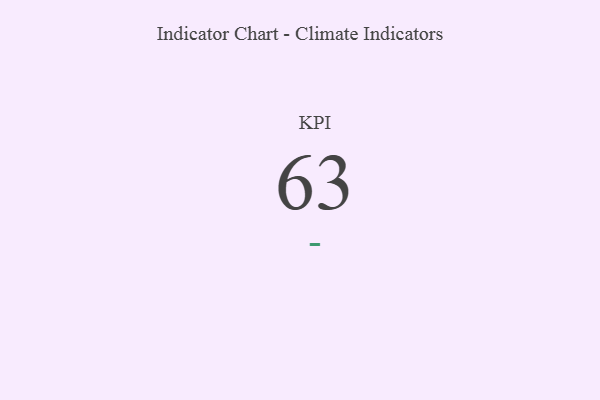
{"axis": {"x": "KPI", "y": "Value"}, "legend": [""], "data": [{"x": "KPI", "y": 63, "type": ""}]}